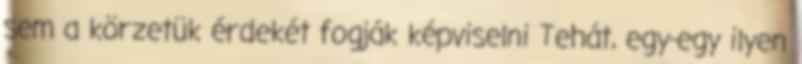
sem a körzetük érdekét fogják képviselni Tehát, egy-egy ilyen